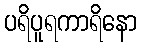
ပရိပူရကာရိနော